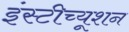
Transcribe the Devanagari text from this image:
इंस्‍टीच्‍यूशन